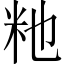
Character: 𫂴